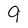
Character: 9